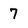
Character: 7